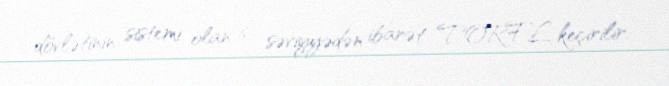
dövlətinin sistemi olan 6 səviyyədən ibarət TORFL keçirilir.